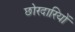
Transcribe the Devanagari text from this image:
छोरदारियों